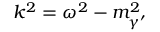
k ^ { 2 } = \omega ^ { 2 } - m _ { \gamma ^ { \prime } } ^ { 2 }